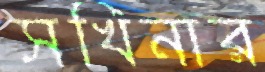
সখিনার